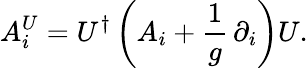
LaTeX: A_{i}^{U}=U^{\dagger}\left(A_{i}+\frac{1}{g}\, \partial_{i}\right)U.